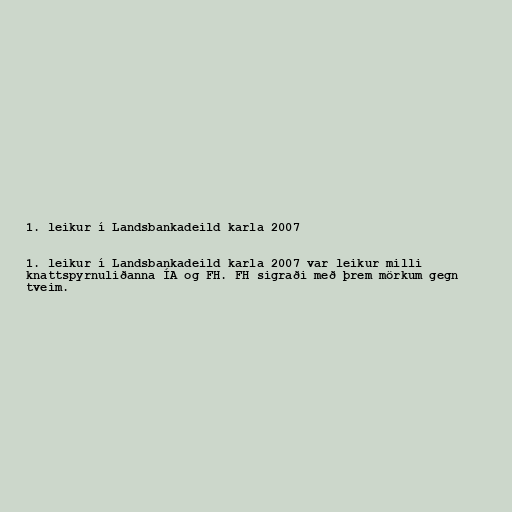
1. leikur í Landsbankadeild karla 2007

1. leikur í Landsbankadeild karla 2007 var leikur milli
knattspyrnuliðanna ÍA og FH. FH sigraði með þrem mörkum gegn
tveim.